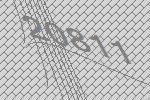
20811